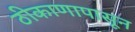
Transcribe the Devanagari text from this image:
ठीकाणापासून